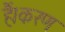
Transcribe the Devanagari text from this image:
हैं।करण